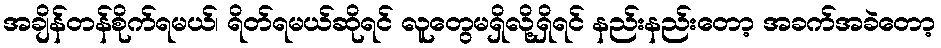
အချိန်တန်စိုက်ရမယ်၊ ရိတ်ရမယ်ဆိုရင် လူတွေမရှိလို့ရှိရင် နည်းနည်းတော့ အခက်အခဲတော့